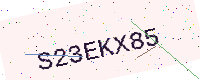
Text: S23EKX85